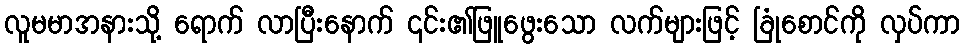
လူမမာအနားသို့ ရောက် လာပြီးနောက် ၎င်း၏ဖြူဖွေးသော လက်များဖြင့် ခြုံစောင်ကို လှပ်ကာ